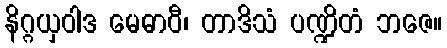
နိဂ္ဂယှဝါဒ မေဓာဝီ၊ တာဒိသံ ပဏ္ဍိတံ ဘဇေ။